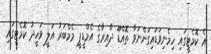
އެ ކޮމެޓީގައި ހިމެނިވަޑައިގަންނަވާ ތޮއްޑޫ ދާއިރާގެ އެމްޑީޕީ މެމްބަރު އަލީ ވަހީދު ކޮމެޓީގައި